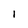
Character: l